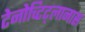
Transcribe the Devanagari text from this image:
टेनोच्टिट्लानास